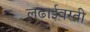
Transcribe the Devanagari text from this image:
लढाईवरती